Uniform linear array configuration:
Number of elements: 24
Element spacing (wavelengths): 0.5
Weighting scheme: exponential
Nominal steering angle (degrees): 30
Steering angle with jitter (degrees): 30.726
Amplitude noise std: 0.05
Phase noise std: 0.05

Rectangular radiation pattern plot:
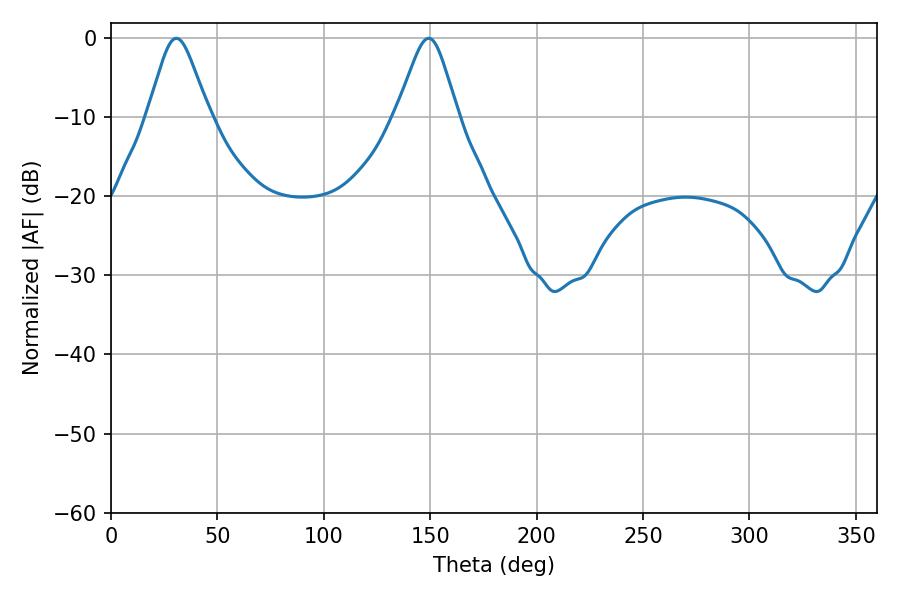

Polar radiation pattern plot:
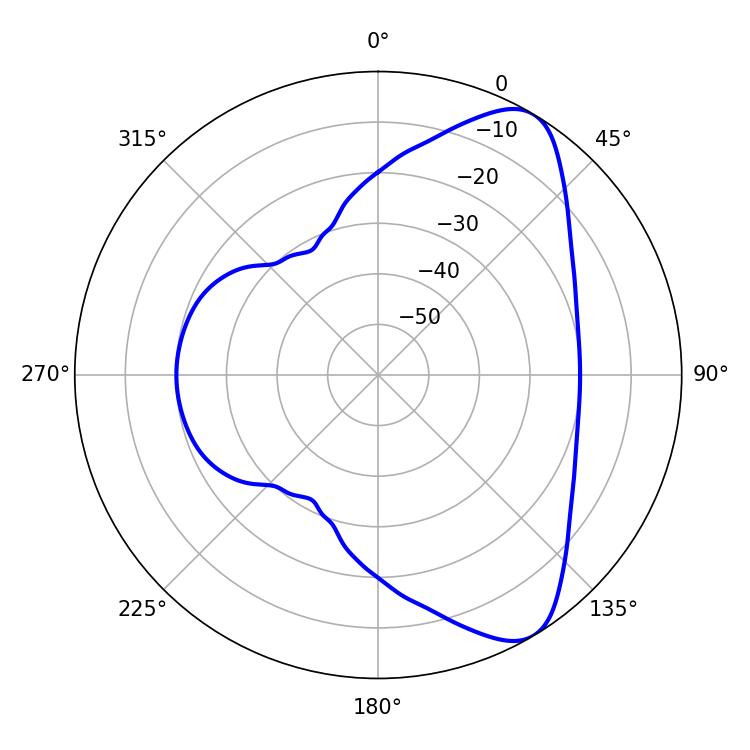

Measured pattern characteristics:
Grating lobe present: FALSE
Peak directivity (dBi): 8.105
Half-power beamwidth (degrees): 13.68
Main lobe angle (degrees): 30.78